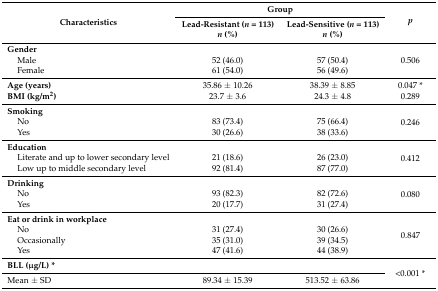
<table><thead><tr><td rowspan="2"><b>Characteristics</b></td><td colspan="2"><b>Group</b></td><td rowspan="2"><b><i>p</i></b></td></tr><tr><td><b>Lead-Resistant (<i>n</i> = 113) <i>n</i> (%)</b></td><td><b>Lead-Sensitive (<i>n</i> = 113) <i>n</i> (%)</b></td></tr></thead><tbody><tr><td><b>Gender</b></td><td></td><td></td><td rowspan="3">0.506</td></tr><tr><td>Male</td><td>52 (46.0)</td><td>57 (50.4)</td></tr><tr><td>Female</td><td>61 (54.0)</td><td>56 (49.6)</td></tr><tr><td><b>Age (years)</b></td><td>35.86 ± 10.26</td><td>38.39 ± 8.85</td><td>0.047 *</td></tr><tr><td><b>BMI (kg/m<sup>2</sup>)</b></td><td>23.7 ± 3.6</td><td>24.3 ± 4.8</td><td>0.289</td></tr><tr><td><b>Smoking</b></td><td></td><td></td><td rowspan="3">0.246</td></tr><tr><td>No</td><td>83 (73.4)</td><td>75 (66.4)</td></tr><tr><td>Yes</td><td>30 (26.6)</td><td>38 (33.6)</td></tr><tr><td><b>Education</b></td><td></td><td></td><td rowspan="3">0.412</td></tr><tr><td>Literate and up to lower secondary level</td><td>21 (18.6)</td><td>26 (23.0)</td></tr><tr><td>Low up to middle secondary level</td><td>92 (81.4)</td><td>87 (77.0)</td></tr><tr><td><b>Drinking</b></td><td></td><td></td><td rowspan="3">0.080</td></tr><tr><td>No</td><td>93 (82.3)</td><td>82 (72.6)</td></tr><tr><td>Yes</td><td>20 (17.7)</td><td>31 (27.4)</td></tr><tr><td><b>Eat or drink in workplace</b></td><td></td><td></td><td rowspan="4">0.847</td></tr><tr><td>No</td><td>31 (27.4)</td><td>30 (26.6)</td></tr><tr><td>Occasionally</td><td>35 (31.0)</td><td>39 (34.5)</td></tr><tr><td>Yes</td><td>47 (41.6)</td><td>44 (38.9)</td></tr><tr><td><b>BLL (μg/L) *</b></td><td></td><td></td><td rowspan="2">&lt;0.001 *</td></tr><tr><td>Mean ± SD</td><td>89.34 ± 15.39</td><td>513.52 ± 63.86</td></tr></tbody></table>